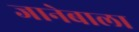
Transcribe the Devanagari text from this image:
जानेबाला